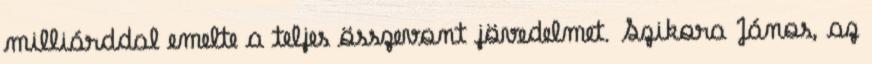
milliárddal emelte a teljes összevont jövedelmet. Szikora János, az